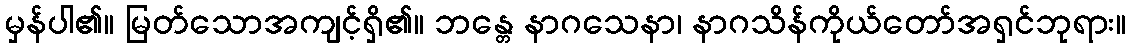
မှန်ပါ၏။ မြတ်သောအကျင့်ရှိ၏။ ဘန္တေ နာဂသေနာ၊ နာဂသိန်ကိုယ်တော်အရှင်ဘုရား။